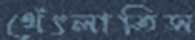
থেঁৎলাতিস